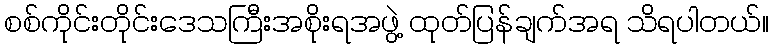
စစ်ကိုင်းတိုင်းဒေသကြီးအစိုးရအဖွဲ့ ထုတ်ပြန်ချက်အရ သိရပါတယ်။